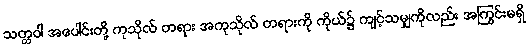
သတ္တဝါ အပေါင်းတို့ ကုသိုလ် တရား အကုသိုလ် တရားကို ကိုယ်၌ ကျင့်သမျှကိုလည်း အကြွင်းမရှိ